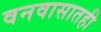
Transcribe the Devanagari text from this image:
वनवासातही